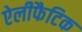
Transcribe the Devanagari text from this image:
ऐलीफैटिक